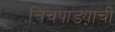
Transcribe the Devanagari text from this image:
चिंचपाड्याची